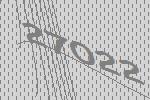
27022